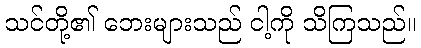
သင်တို့၏ ဘေးများသည် ငါ့ကို သိကြသည်။